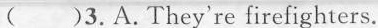
()3.A.They're firefighters.